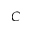
C